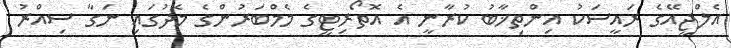
އެލްޖީއޭގެ ރައީސަކު އިންތިޚާބު ކުރާނީ އެ އޮތޯރިޓީގެ މެމްބަރުންގެ މެދުގައި ނަގާ ސިއްރު